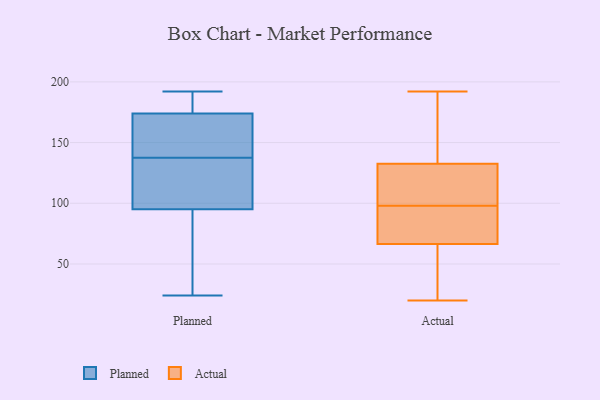
{"axis": {"x": "Net Income (USD K)", "y": "Value"}, "legend": ["Actual", "Planned"], "data": [{"x": "", "y": 179, "type": "Planned"}, {"x": "", "y": 83, "type": "Planned"}, {"x": "", "y": 122, "type": "Planned"}, {"x": "", "y": 144, "type": "Planned"}, {"x": "", "y": 143, "type": "Planned"}, {"x": "", "y": 181, "type": "Planned"}, {"x": "", "y": 24, "type": "Planned"}, {"x": "", "y": 30, "type": "Planned"}, {"x": "", "y": 132, "type": "Planned"}, {"x": "", "y": 95, "type": "Planned"}, {"x": "", "y": 124, "type": "Planned"}, {"x": "", "y": 174, "type": "Planned"}, {"x": "", "y": 148, "type": "Planned"}, {"x": "", "y": 192, "type": "Planned"}, {"x": "", "y": 177, "type": "Actual"}, {"x": "", "y": 127, "type": "Actual"}, {"x": "", "y": 136, "type": "Actual"}, {"x": "", "y": 20, "type": "Actual"}, {"x": "", "y": 41, "type": "Actual"}, {"x": "", "y": 78, "type": "Actual"}, {"x": "", "y": 64, "type": "Actual"}, {"x": "", "y": 32, "type": "Actual"}, {"x": "", "y": 69, "type": "Actual"}, {"x": "", "y": 121, "type": "Actual"}, {"x": "", "y": 55, "type": "Actual"}, {"x": "", "y": 107, "type": "Actual"}, {"x": "", "y": 129, "type": "Actual"}, {"x": "", "y": 89, "type": "Actual"}, {"x": "", "y": 74, "type": "Actual"}, {"x": "", "y": 177, "type": "Actual"}, {"x": "", "y": 76, "type": "Actual"}, {"x": "", "y": 177, "type": "Actual"}, {"x": "", "y": 192, "type": "Actual"}, {"x": "", "y": 119, "type": "Actual"}]}